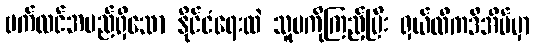
ဗက်လင်အမည်ရှိသော နိုင်ငံရေးထဲ သူမကိုကြည့်ပြီး ရှယ်လီကဒီအိမ်မှာ